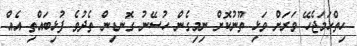
ހިތްހަމަޖެހޭ ވަރަށް ވަޅި ތޫނުކޮށް ނިމިގެން ހުސޭނު ގޮނޑިން ތެދުވެ ފުޅިބައްތި އެއް